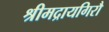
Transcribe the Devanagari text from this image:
श्रीमद्रायगिरौ